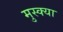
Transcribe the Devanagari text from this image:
मुस्क्या